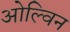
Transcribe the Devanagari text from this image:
ओल्विन